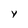
Character: Y